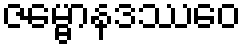
ဇမ္ဗောနဒဿေဝ